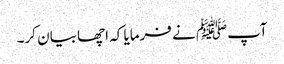
آپﷺ نے فرمایا کہ اچھا بیان کر۔